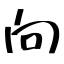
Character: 向